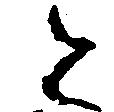
と